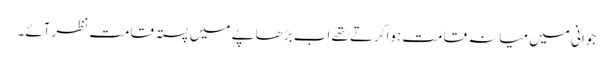
جوانی میں میانہ قامت ہواکرتے تھے اب بڑھاپے میں پستہ قامت نظرآئے۔